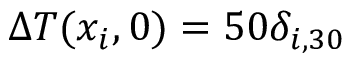
\Delta T ( x _ { i } , 0 ) = 5 0 \delta _ { i , 3 0 }